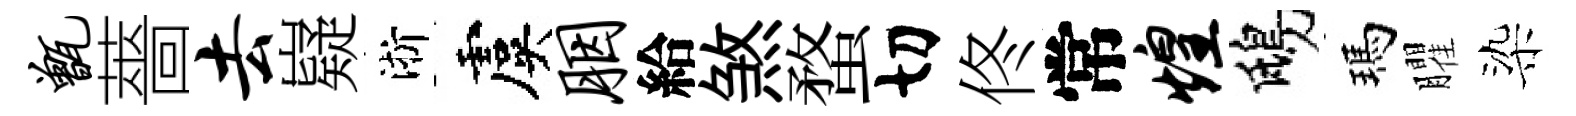
甑薔去嶷淅虞胭給煞蝥切佟常煌鴟瑪臞染